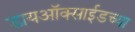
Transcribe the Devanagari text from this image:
डायऑक्साईडच्या